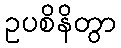
ဥပစိနိတွာ